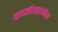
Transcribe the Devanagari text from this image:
कफोत्सर्गक